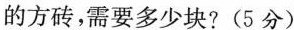
的方砖，需要多少块?(5分)